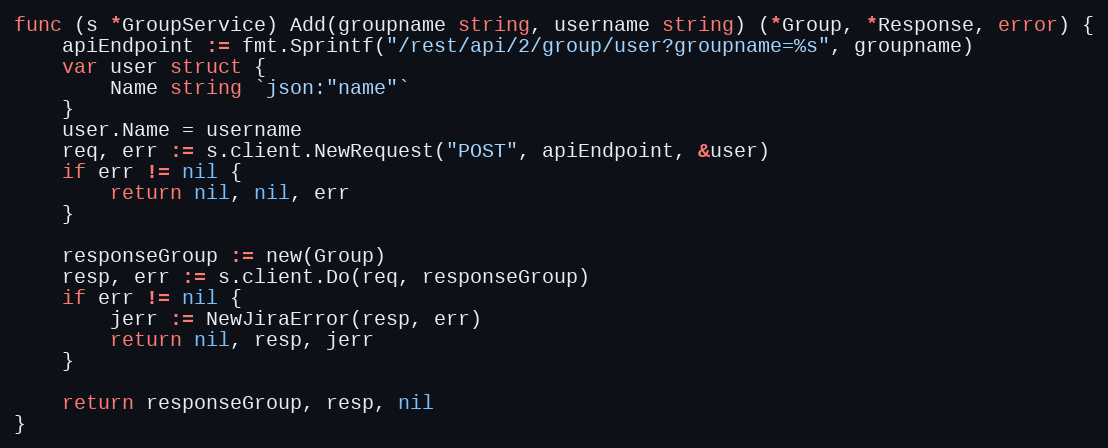
Language: Go
func (s *GroupService) Add(groupname string, username string) (*Group, *Response, error) {
	apiEndpoint := fmt.Sprintf("/rest/api/2/group/user?groupname=%s", groupname)
	var user struct {
		Name string `json:"name"`
	}
	user.Name = username
	req, err := s.client.NewRequest("POST", apiEndpoint, &user)
	if err != nil {
		return nil, nil, err
	}

	responseGroup := new(Group)
	resp, err := s.client.Do(req, responseGroup)
	if err != nil {
		jerr := NewJiraError(resp, err)
		return nil, resp, jerr
	}

	return responseGroup, resp, nil
}